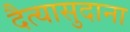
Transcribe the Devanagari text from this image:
दैत्‍यासुदाना